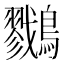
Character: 𪇯